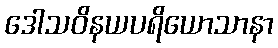
ဒေါသဝိနယပရိယောသာနာ